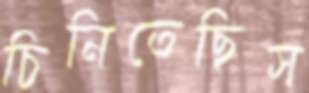
চিনিতেছিস